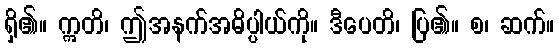
ရှိ၏။ ဣတိ၊ ဤအနက်အဓိပ္ပါယ်ကို။ ဒီပေတိ၊ ပြ၏။ စ၊ ဆက်။